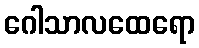
ဂေါသာလထေရော